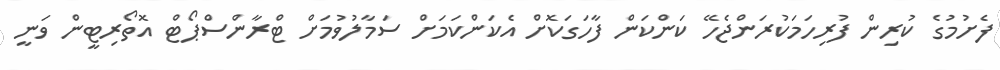
ފެށުމުގެ ކުރިން ފުރިހަމަކުރަންޖެހޭ ކަންކަން ފާހަގަކޮށް އެކަންކަމަށް ސަމާލުވުމަށް ޓްރާންސްޕޯޓް އޮތޯރިޓީން ވަނީ